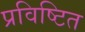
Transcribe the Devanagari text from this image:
प्रविष्टित